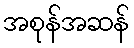
အစုန်အဆန်